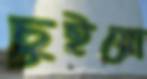
চুইয়ো